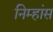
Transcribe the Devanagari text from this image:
निम्हांस